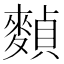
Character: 𪍕